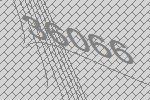
36066